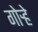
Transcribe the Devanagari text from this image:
गोऱ्हे